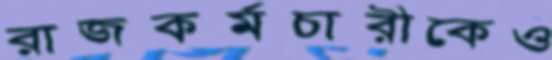
রাজকর্মচারীকেও